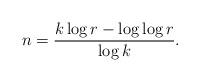
LaTeX: \begin{align*}n= \frac{k\log r -\log \log r}{\log k}.\end{align*}